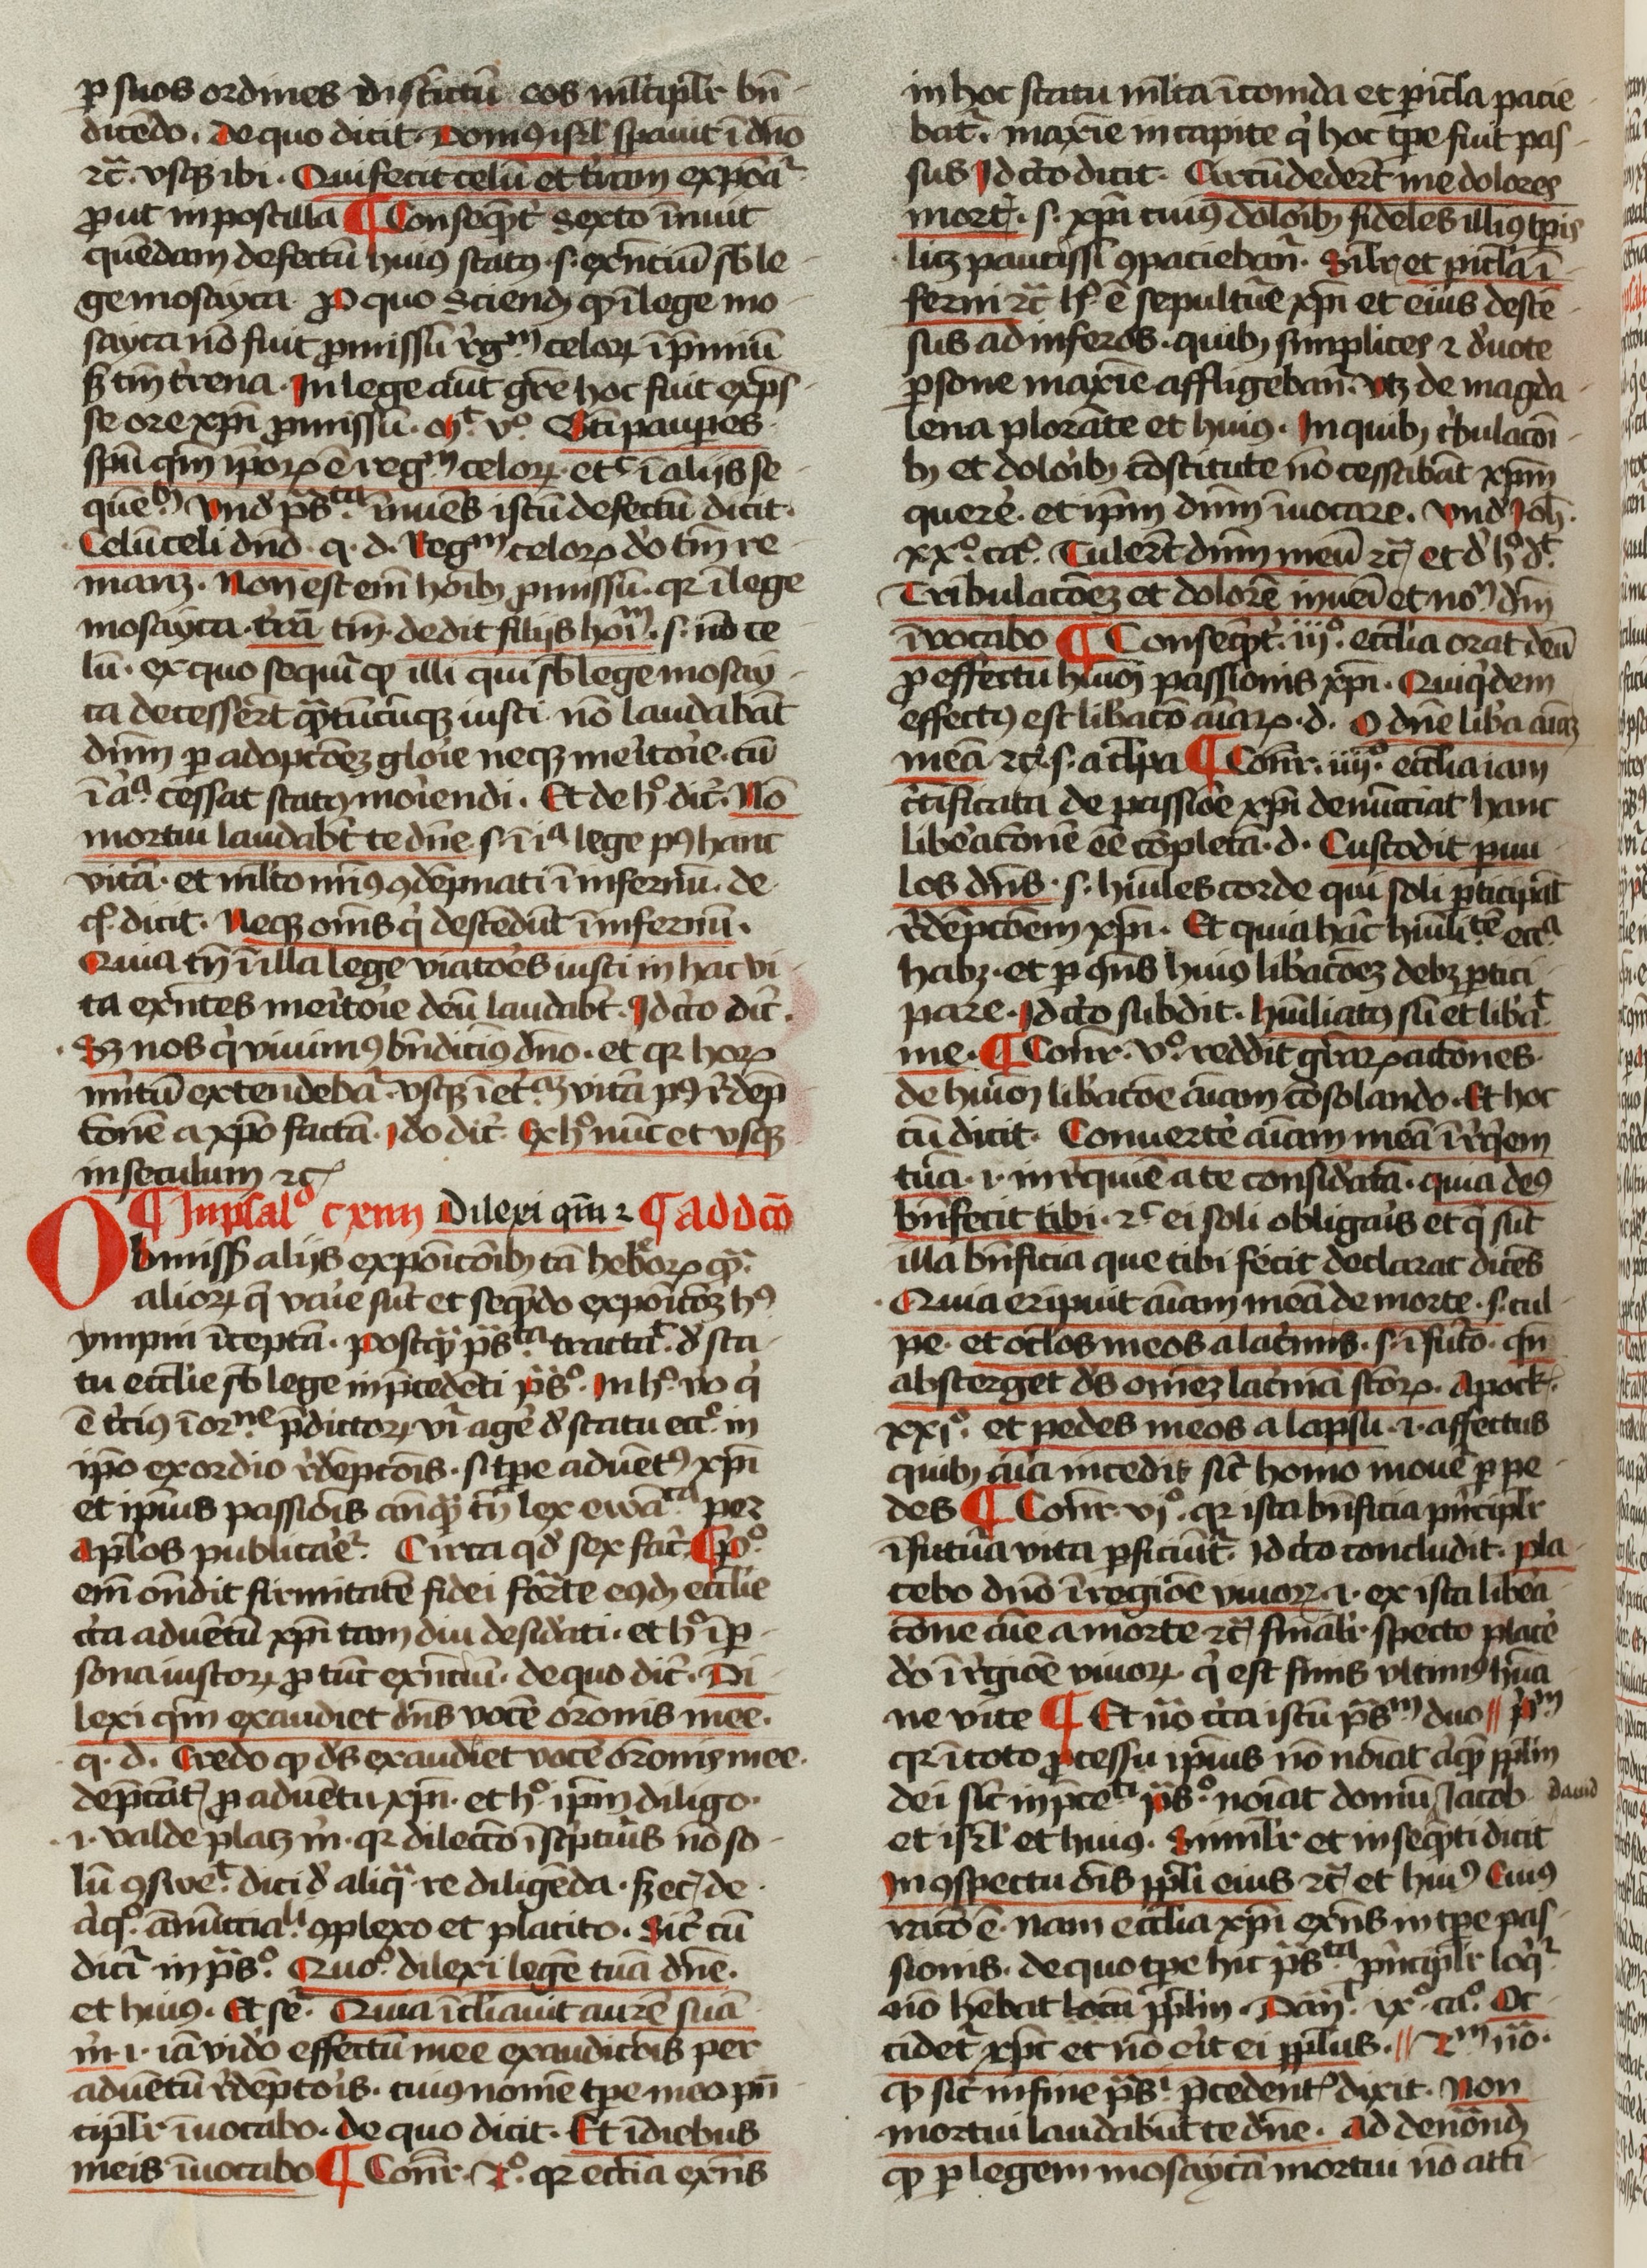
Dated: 1400–1499